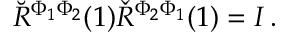
\breve { R } ^ { \Phi _ { 1 } \Phi _ { 2 } } ( 1 ) \check { R } ^ { \Phi _ { 2 } \Phi _ { 1 } } ( 1 ) = I \, .